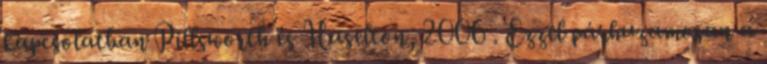
kapcsolatban Pillsworth és Haselton, 2006 . Ezzel párhuzamosan a